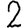
Digit: 2